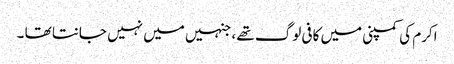
اکرم کی کمپنی میں کافی لوگ تھے ، جنہیں میں نہیں جانتا تھا ۔